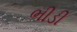
ભીડી